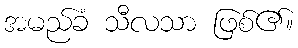
အမည်ခံ သီလသာ ဖြစ်၏။